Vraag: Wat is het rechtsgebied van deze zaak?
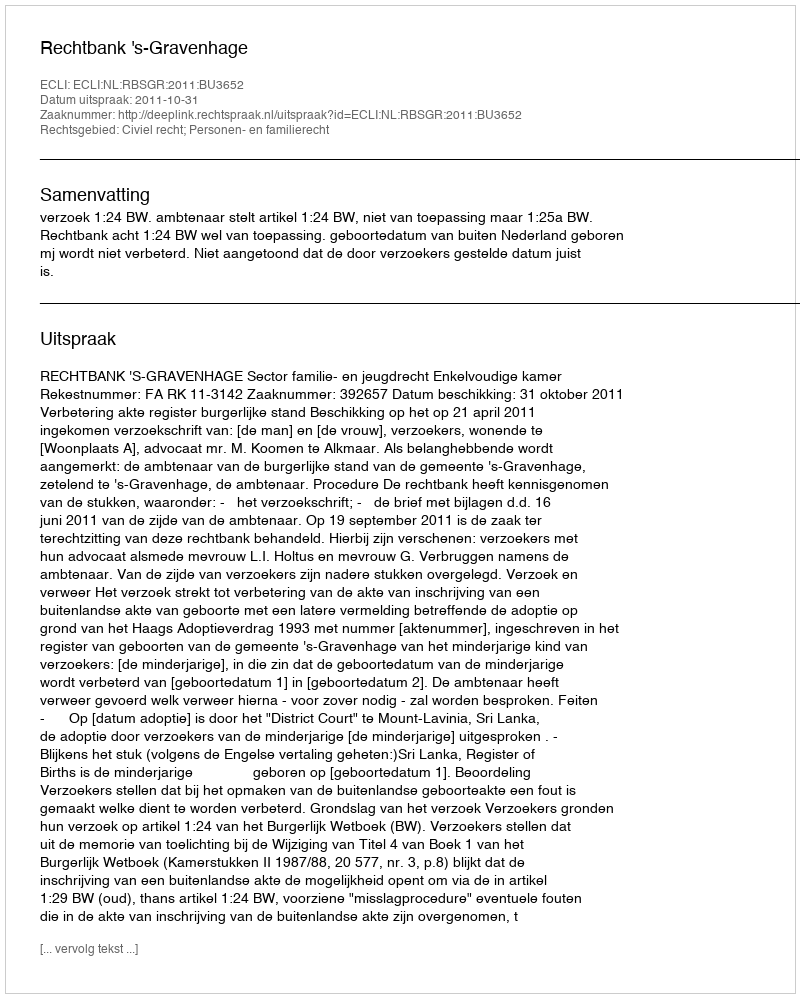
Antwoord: Civiel recht; Personen- en familierecht